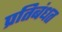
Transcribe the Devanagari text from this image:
प्रतिबंधत